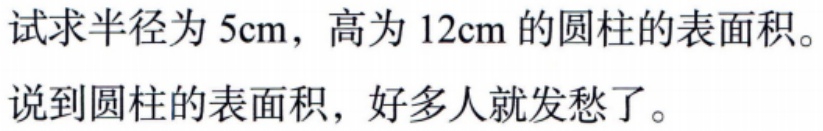
试求半径为 \(5\text{cm}\)，高为 \(12\text{cm}\) 的圆柱的表面积。
说到圆柱的表面积，好多人就发愁了。